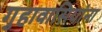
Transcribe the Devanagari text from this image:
गुहावासियांना